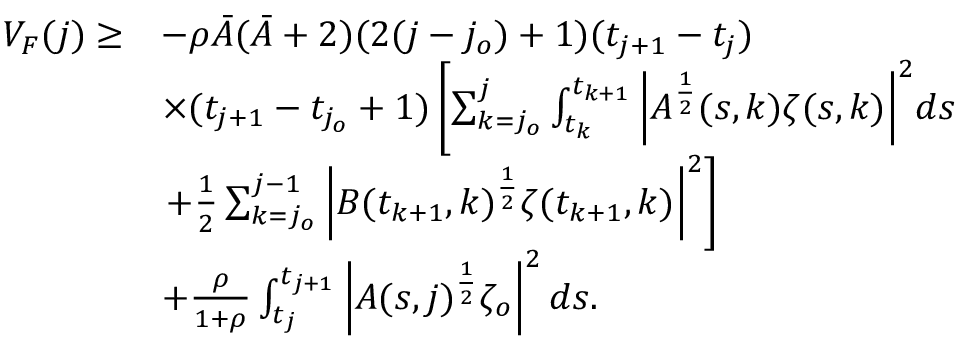
\begin{array} { r l } { V _ { F } ( j ) \geq } & { - \rho \bar { A } ( \bar { A } + 2 ) ( 2 ( j - j _ { o } ) + 1 ) ( t _ { j + 1 } - t _ { j } ) } \\ & { \times ( t _ { j + 1 } - t _ { j _ { o } } + 1 ) \left[ \sum _ { k = j _ { o } } ^ { j } \int _ { t _ { k } } ^ { t _ { k + 1 } } \left| A ^ { \frac { 1 } { 2 } } ( s , k ) \zeta ( s , k ) \right| ^ { 2 } \! d s \right. } \\ & { \left. + \frac { 1 } { 2 } \sum _ { k = j _ { o } } ^ { j - 1 } \left| B ( t _ { k + 1 } , k ) ^ { \frac { 1 } { 2 } } \zeta ( t _ { k + 1 } , k ) \right| ^ { 2 } \right] } \\ & { + \frac { \rho } { 1 + \rho } \int _ { t _ { j } } ^ { t _ { j + 1 } } \left| A ( s , j ) ^ { \frac { 1 } { 2 } } \zeta _ { o } \right| ^ { 2 } d s . } \end{array}